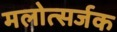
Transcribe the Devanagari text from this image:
मलोत्सर्जक